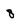
Character: 8